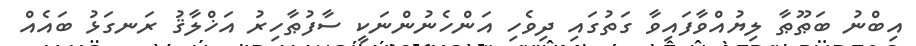
އިބްނު ބަޠޫޠާ ލިޔުއްވާފައިވާ ގަތުގައި ދިވެހި އަންހެނުންނަކީ ސާފުޠާހިރު އަޚްލާޤު ރަނގަޅު ބައެއް